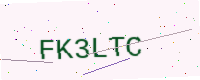
Text: FK3LTC